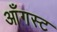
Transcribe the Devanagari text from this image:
आँगस्ट